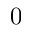
0